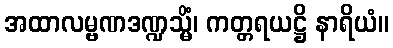
အထာလမ္ဗဏဒဏ္ဍသ္မိံ၊ ကတ္တရယဋ္ဌိ နာရိယံ။